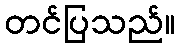
တင်ပြသည်။